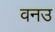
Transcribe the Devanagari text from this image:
वनउ